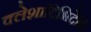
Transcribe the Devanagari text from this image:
क्लेशादिभिर्देवि